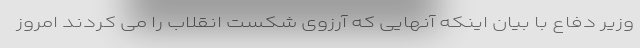
وزیر دفاع با بیان اینکه آنهایی که آرزوی شکست انقلاب را می کردند امروز